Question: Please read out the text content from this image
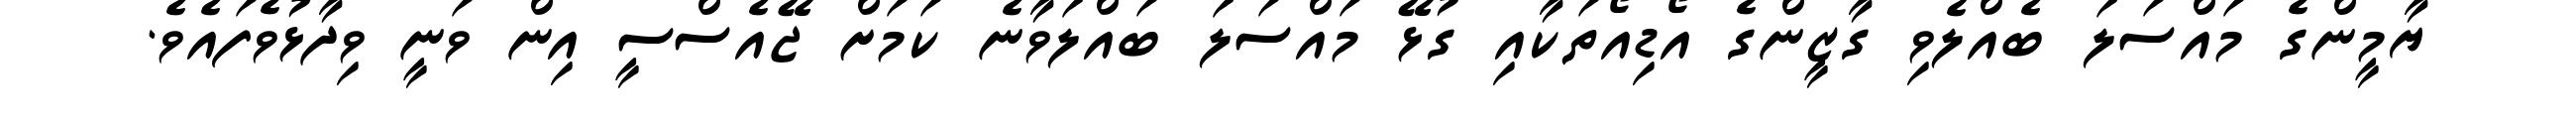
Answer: ޔާމީންގެ މައްސަލަ ބެއްލެވި ގާޒީންގެ އޯޑިއޯތަކާއި ގުޅޭ މައްސަލަ ބައްލަވާނެ ކަމަށް ޖޭއެސްސީ އިން ވަނީ ވިދާޅުވެފައެވެ.